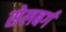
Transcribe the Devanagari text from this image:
सेलबर्ग